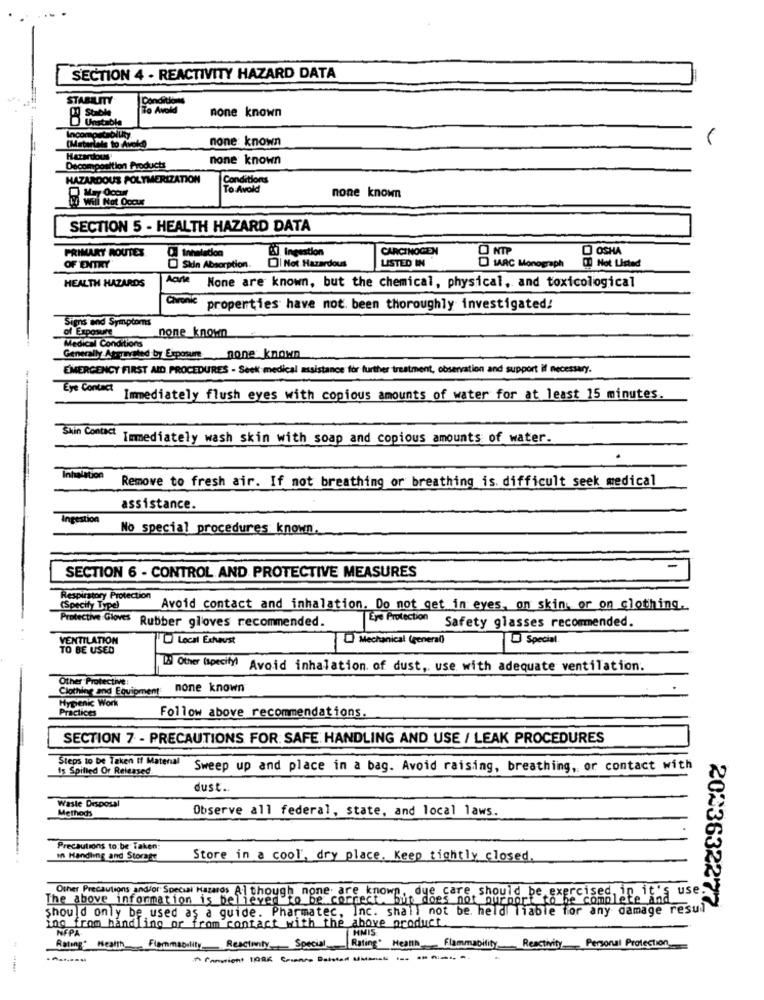
SECTION 4 - REACTIVITY HAZARD DATA
STABILITY
none known
Unstable
none: known
Goethe as to Avokko
Hazardous
none known
position Products
HAZARDOUS POLYMERIZATION
Conditions
To Avold
none known
SECTION 5 - HEALTH HAZARD DATA
PRIMARY ROUTES
O NTP
Q OSHA
CARCINOGEN
LISTED IN
OF ENTRY
Sin Absorption.
Not Hazardous
MARC Monograph
Not Listed
HEALTH HAZARDS
None are known, but the chemical, physical, and toxicological
Chvonk properties have not been thoroughly investigated!
Signs and Symptoms
of Exposure
none_known
Medical Conditions
Generally Atarraled by Exposure
none known
EMERGENCY FIRST AID PROCEDURES - Seek medical assistance for further treatment, observation and support if necessary.
Eye Contact
Immediately flush eyes with copious amounts of water for at least 15 minutes.
Skin Contact
Immediately wash skin with soap and copious amounts of water.
Nation
Remove to fresh air. If not breathing or breathing is. difficult seek medical
assistance.
ingestion
No special procedures known.
SECTION 6 - CONTROL AND PROTECTIVE MEASURES
Respiratory Protection
(Specify Type)
Avoid contact and inhalation. Do not get in eyes, on skin, or on clothing.
Protective Gloves
Rubber gloves recommended.
Eye Protection Safety glasses recommended.
VENTILATION
Local Exhaust
Special.
TO BE USED
Mechanical (general)
Ty Other (specify) Avoid inhalation of dust, use with adequate ventilation.
Other Protective:
Clothing and Equipment
none known
Hypenic Work
Practices
Follow above recommendations
SECTION 7 - PRECAUTIONS FOR: SAFE: HANDLING AND USE / LEAK PROCEDURES
Steps to be Taken If Material
Is Spilled Or Released.
Sweep up and place in a bag. Avoid raising, breathing, or contact with
dust ..
Waste Disposal
Methods
Observe all federal, state, and local laws.
Precautions to be Taken:
In Handling and Storage
Store in a cool, dry place. Keep tightly closed.
The above information is believe
Other Precautions and/or Special Hazaros Al though none. are known, due care should be exercised, in it's use
to be correct. but does not purport to be complete and
Should only be used as a guide. Pharmatec, Inc. shall not be held liable for any damage resul
2023632277
ing from handling or from contact with the above product.
NFPA
MIMIS
ReactivityPersonal Protection
Rating: Health_
Flammability Reactivity Special
Rating* HeatIn
Flammability
fammicht 1ARK Com/ -